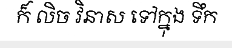
ក៏ លិច វិនាស ទៅក្នុង ទឹក